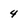
Character: 4